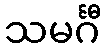
သမင်္ဂီ